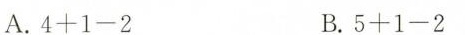
A.4+1-2 B.5+1-2